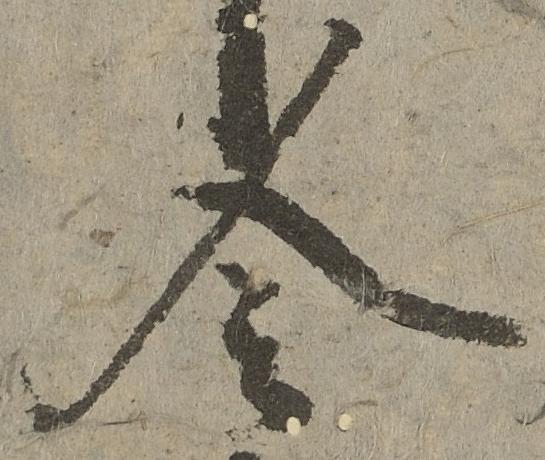
令